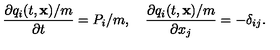
\frac { \partial { q _ { i } ( t , { \bf x } ) / m } } { \partial { t } } = P _ { i } / m , \quad \frac { \partial { q _ { i } ( t , { \bf x } ) / m } } { \partial { x _ { j } } } = - { \delta } _ { i j } .